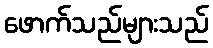
ဖောက်သည်များသည်